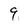
Character: 9